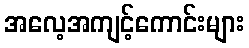
အလေ့အကျင့်ကောင်းများ